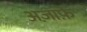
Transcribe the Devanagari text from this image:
अज़ाफ़े